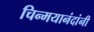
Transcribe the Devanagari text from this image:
चिन्मयानंदांनी